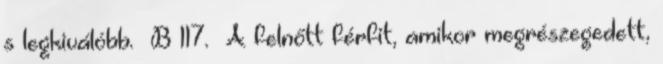
s legkiválóbb. B 117. A felnőtt férfit, amikor megrészegedett,